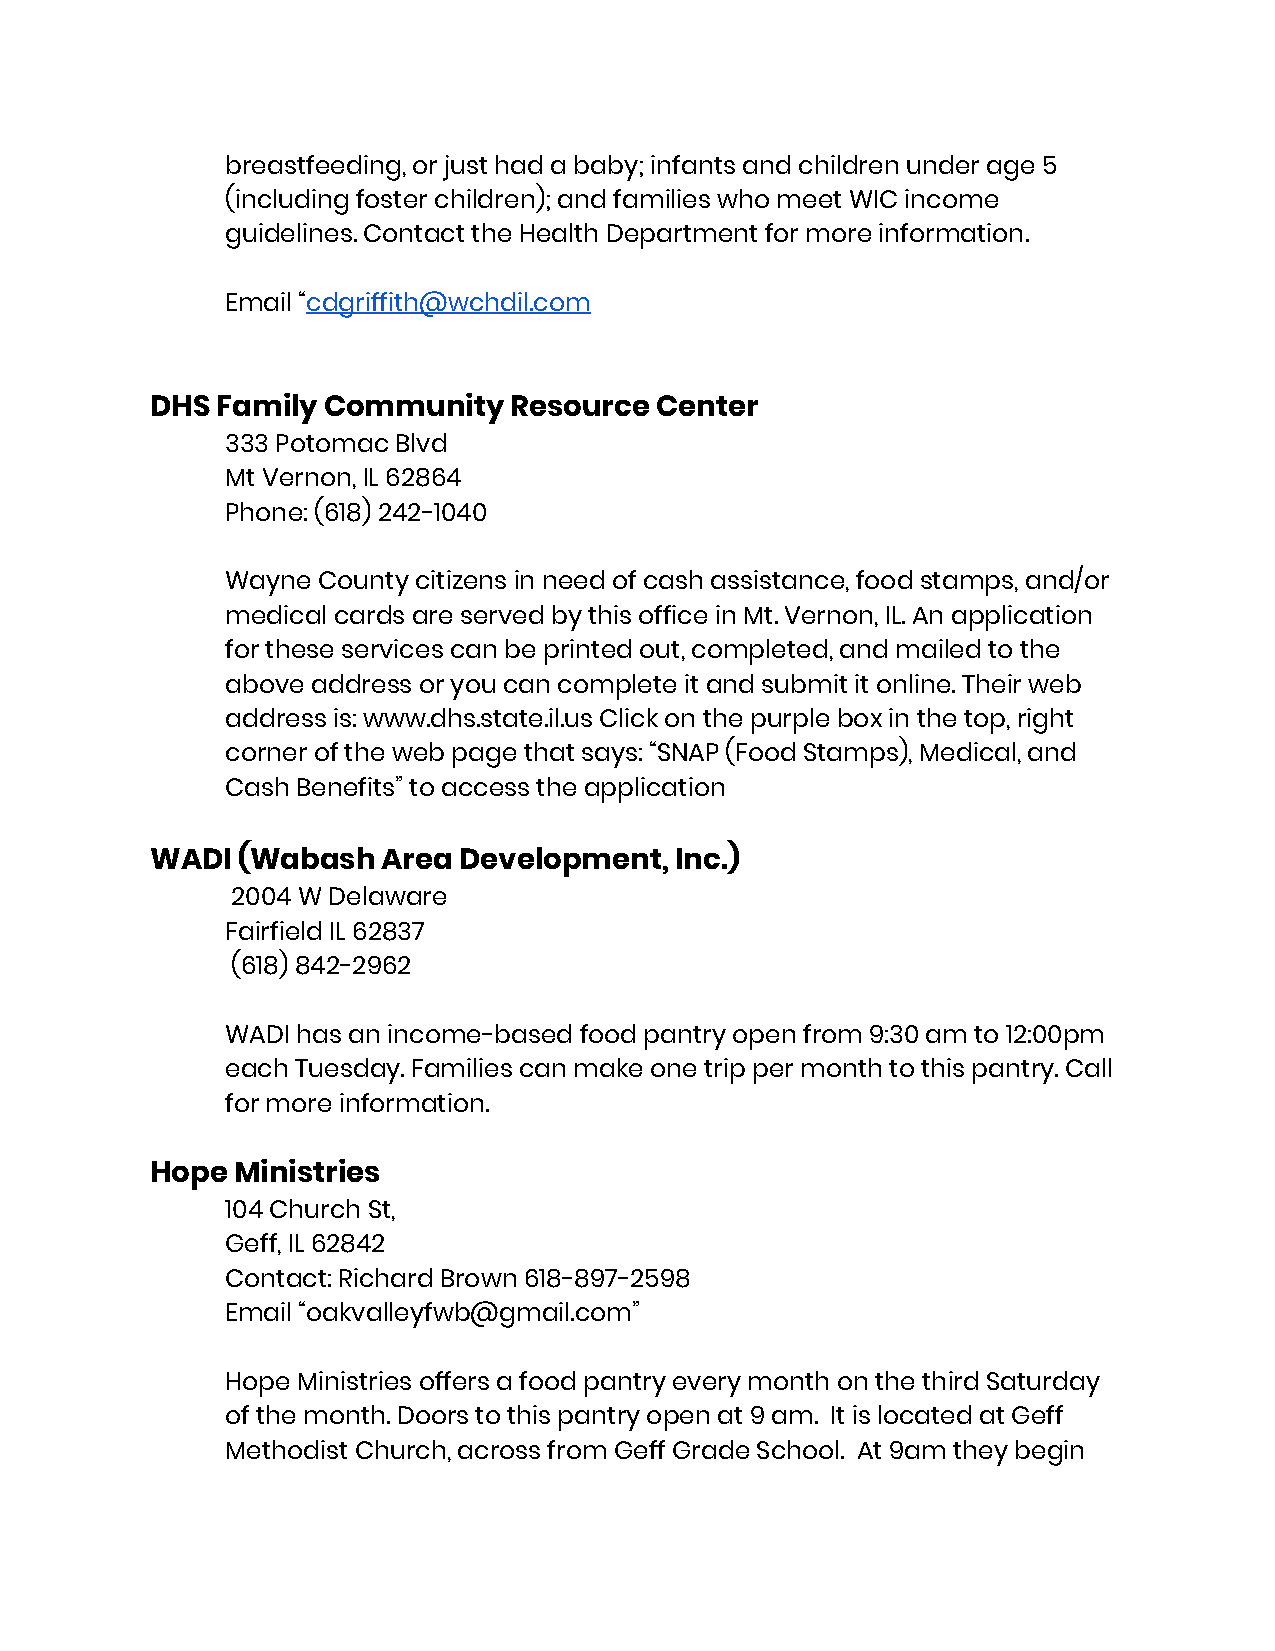
breastfeeding, or just had a baby; infants and children under age 5
 (including foster children); and families who meet WIC income
 guidelines. Contact the Health Department for more information.
 Email “cdgriffith@wchdil.com
 ​
 DHS Family Community    Resource Center
 333 Potomac Blvd
 Mt Vernon, IL 62864
 Phone: (618) 242-1040
 Wayne County citizens in need of cash assistance, food stamps, and/or
 medical cards are served by this office in Mt. Vernon, IL. An application
 for these services can be printed out, completed, and mailed to the
 above address or you can complete it and submit it online. Their web
 address is: www.dhs.state.il.us Click on the purple box in the top, right
 corner of the web page that says: “SNAP (Food Stamps), Medical, and
 Cash Benefits” to access the application
 WADI  (Wabash  Area Development,   Inc.)
 2004 W Delaware
 Fairfield IL 62837
 (618) 842-2962
 WADI has an income-based food pantry open from 9:30 am to 12:00pm
 each Tuesday. Families can make one trip per month to this pantry. Call
 for more information.
 Hope Ministries
 104 Church St,
 Geff, IL 62842
 Contact: Richard Brown 618-897-2598
 Email “oakvalleyfwb@gmail.com”
 Hope Ministries offers a food pantry every month on the third Saturday
 of the month. Doors to this pantry open at 9 am. It is located at Geff
 Methodist Church, across from Geff Grade School. At 9am they begin